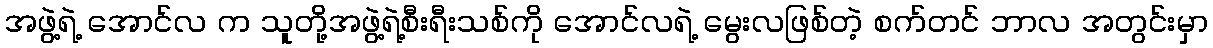
အဖွဲ့ရဲ့ အောင်လ က သူတို့အဖွဲ့ရဲ့စီးရီးသစ်ကို အောင်လရဲ့ မွေးလဖြစ်တဲ့ စက်တင် ဘာလ အတွင်းမှာ